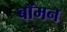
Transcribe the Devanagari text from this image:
बॉमन